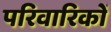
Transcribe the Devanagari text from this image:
परिवारिकों